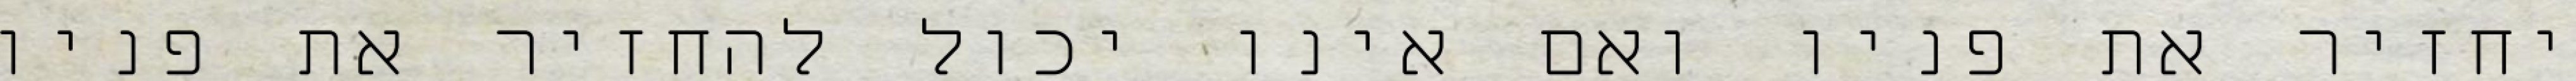
יחזיר את פניו ואם אינו יכול להחזיר את פניו